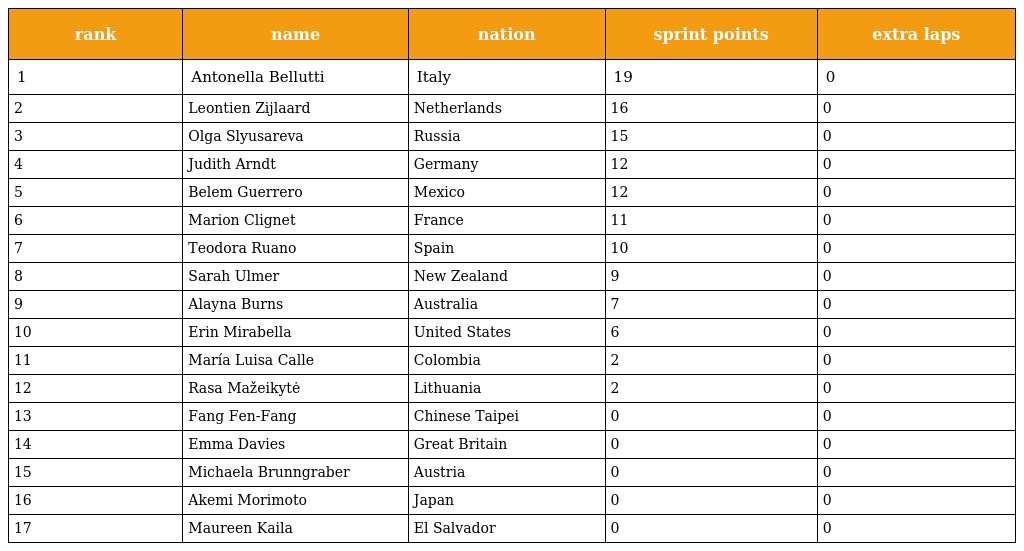
| rank | name | nation | sprint points | extra laps |
 | --- | --- | --- | --- | --- |
 | 1 | Antonella Bellutti | Italy | 19 | 0 |
 | 2 | Leontien Zijlaard | Netherlands | 16 | 0 |
 | 3 | Olga Slyusareva | Russia | 15 | 0 |
 | 4 | Judith Arndt | Germany | 12 | 0 |
 | 5 | Belem Guerrero | Mexico | 12 | 0 |
 | 6 | Marion Clignet | France | 11 | 0 |
 | 7 | Teodora Ruano | Spain | 10 | 0 |
 | 8 | Sarah Ulmer | New Zealand | 9 | 0 |
 | 9 | Alayna Burns | Australia | 7 | 0 |
 | 10 | Erin Mirabella | United States | 6 | 0 |
 | 11 | María Luisa Calle | Colombia | 2 | 0 |
 | 12 | Rasa Mažeikytė | Lithuania | 2 | 0 |
 | 13 | Fang Fen-Fang | Chinese Taipei | 0 | 0 |
 | 14 | Emma Davies | Great Britain | 0 | 0 |
 | 15 | Michaela Brunngraber | Austria | 0 | 0 |
 | 16 | Akemi Morimoto | Japan | 0 | 0 |
 | 17 | Maureen Kaila | El Salvador | 0 | 0 |